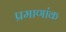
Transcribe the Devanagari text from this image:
प्रमाणांक